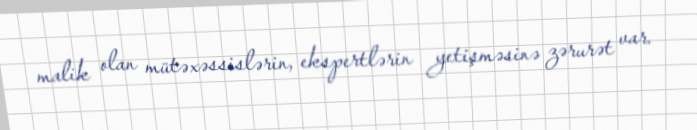
malik olan mütəxəssislərin, ekspertlərin yetişməsinə zərurət var.